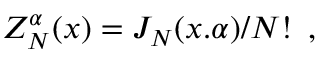
Z _ { N } ^ { \alpha } ( x ) = J _ { N } ( x . \alpha ) / N ! \, \, \, ,